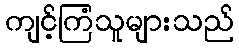
ကျင့်ကြံသူများသည်